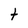
Character: t